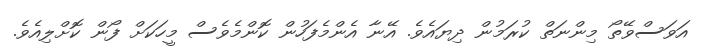
އަވަސްވޭތޯ މިންނަތް ކުރަމުން ދިޔައެވެ. އޭނާ އެންމެފަހުން ކޮންމެވެސް މީހަކަށް ފޯން ކޮށްލިއެވެ.